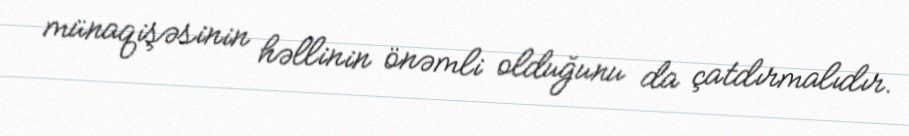
münaqişəsinin həllinin önəmli olduğunu da çatdırmalıdır.